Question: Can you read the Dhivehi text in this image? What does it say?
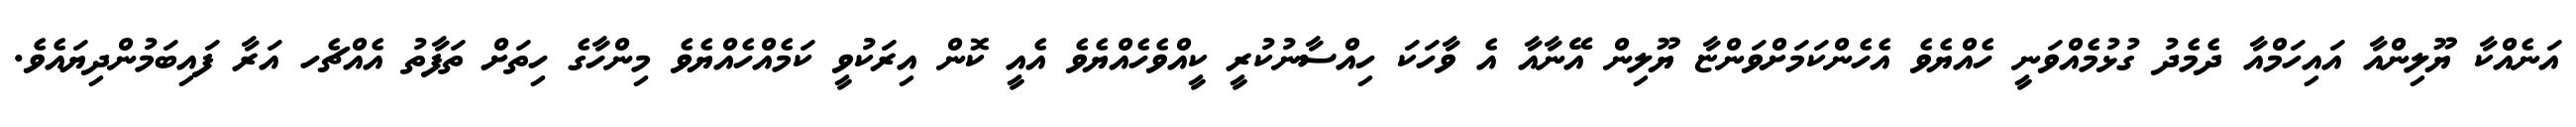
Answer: އަނެއްކާ ޔޫލިންއާ އައިހަމްއާ ދެމެދު ގުޅުމެއްވަނީ ހެއްޔެވެ އެހެންކަމަށްވަންޏާ ޔޫލިން އޭނާއާ އެ ވާހަކަ ހިއްސާނުކުރީ ކީއްވެހެއްޔެވެ އެއީ ކޮން އިރަކުވީ ކަމެއްހެއްޔެވެ މިންހާގެ ހިތަށް ތަފާތު އެއްޗެހ އަރާ ފައިބަމުންދިޔައެވެ.